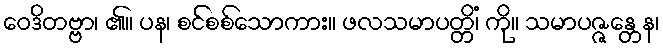
ဝေဒိတဗ္ဗာ၊ ၏။ ပန၊ စင်စစ်သောကား။ ဖလသမာပတ္တိံ၊ ကို။ သမာပဇ္ဇန္တေန၊